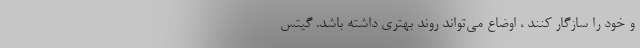
و خود را سازگار کنند ، اوضاع می‌تواند روند بهتری داشته باشد. گیتس